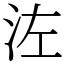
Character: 𣳇